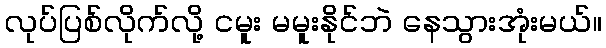
လုပ်ပြစ်လိုက်လို့ ငမူး မမူးနိုင်ဘဲ နေသွားအုံးမယ်။